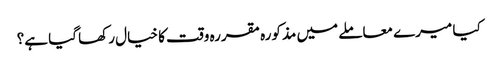
کیا میرے معاملے میں مذکورہ مقررہ وقت کا خیال رکھا گیا ہے؟